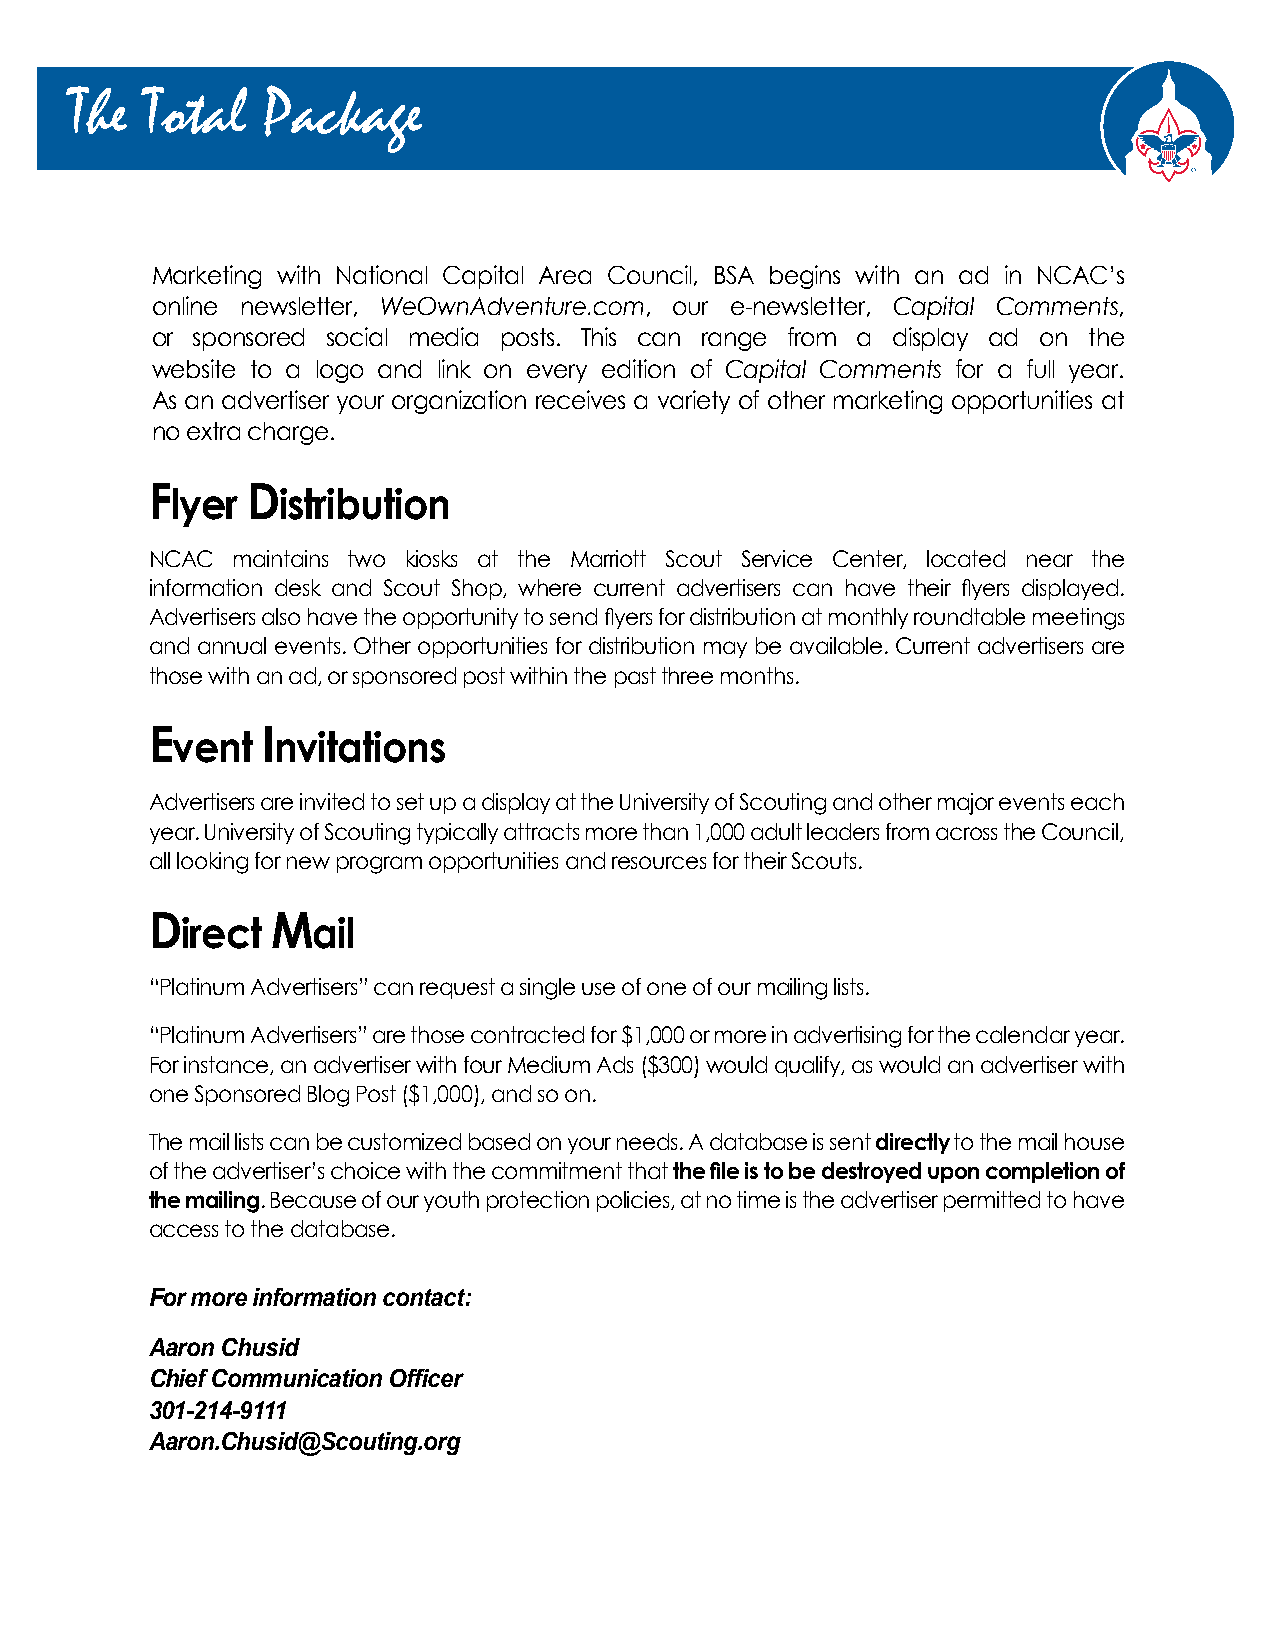
The  Total  Package
 Marketing with National Capital Area Council, BSA begins with an ad in NCAC’s
 online newsletter, WeOwnAdventure.com, our e-newsletter, Capital Comments,
 or sponsored social media posts. This can range from a display ad on the
 website to a logo and link on every edition of Capital Comments for a full year.
 As an advertiser your organization receives a variety of other marketing opportunities at
 no extra charge.
 Flyer Distribution
 NCAC maintains two kiosks at the Marriott Scout Service Center, located near the
 information desk and Scout Shop, where current advertisers can have their flyers displayed.
 Advertisers also have the opportunity to send flyers for distribution at monthly roundtable meetings
 and annual events. Other opportunities for distribution may be available. Current advertisers are
 those with an ad, or sponsored post within the past three months.
 Event  Invitations
 Advertisers are invited to set up a display at the University of Scouting and other major events each
 year. University of Scouting typically attracts more than 1,000 adult leaders from across the Council,
 all looking for new program opportunities and resources for their Scouts.
 Direct  Mail
 “Platinum Advertisers” can request a single use of one of our mailing lists.
 “Platinum Advertisers” are those contracted for $1,000 or more in advertising for the calendar year.
 For instance, an advertiser with four Medium Ads ($300) would qualify, as would an advertiser with
 one Sponsored Blog Post ($1,000), and so on.
 The mail lists can be customized based on your needs. A database is sent directly to the mail house
 of the advertiser’s choice with the commitment that the file is to be destroyed upon completion of
 the mailing. Because of our youth protection policies, at no time is the advertiser permitted to have
 access to the database.
 For more information contact:
 Aaron Chusid
 Chief Communication Officer
 301-214-9111
 Aaron.Chusid@Scouting.org